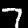
Digit: 7